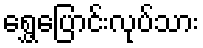
ရွှေ့ပြောင်းလုပ်သား